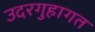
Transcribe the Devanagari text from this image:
उदरगुहागत